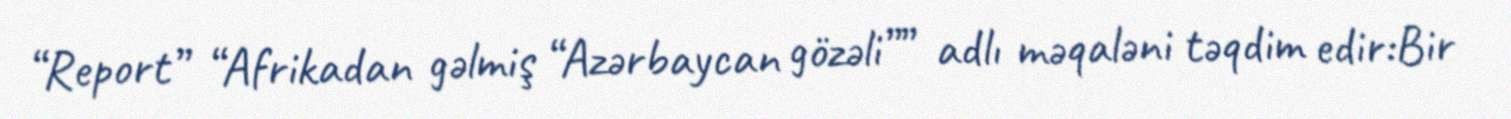
“Report” “Afrikadan gəlmiş “Azərbaycan gözəli”” adlı məqaləni təqdim edir:Bir